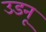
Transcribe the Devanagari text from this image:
उडनू